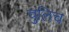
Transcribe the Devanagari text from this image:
वुलिच